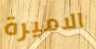
الاميرة